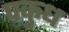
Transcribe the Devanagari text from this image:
पकुध